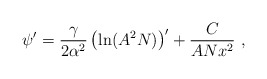
\begin{align*}\psi' = \frac{\gamma }{2 \alpha^2} \left( \ln ( A^2 N) \right)' + \frac{C}{A N x^2}\ , \end{align*}